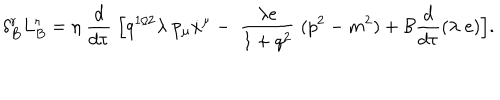
LaTeX: \delta _ { B } ^ { r } L _ { B } ^ { r } = \eta \; \frac { d } { d \tau } \; \Bigl [ q ^ { 1 / 2 } \lambda \; p _ { \mu } \dot { x } ^ { \mu } - \; \frac { \lambda e } { 1 + q ^ { 2 } } \; ( p ^ { 2 } - m ^ { 2 } ) + { \cal B } \frac { d } { d \tau } ( \lambda \; e ) \Bigr ] .